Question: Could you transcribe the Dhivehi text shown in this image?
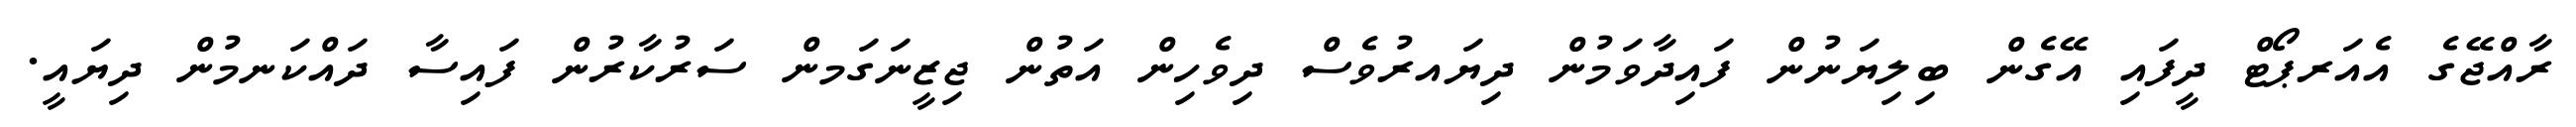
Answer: ރާއްޖޭގެ އެއަރޕޯޓް ދީފައި އޭގެން ބިލިޔަނުން ފައިދާވަމުން ދިޔައރުވެސް ދިވެހިން އަތުން ޖިޒީނަގަމން ސަރުކާރުން ފައިސާ ދައްކަނމުން ދިޔައީ.